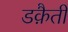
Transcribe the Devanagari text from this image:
डक़ैती